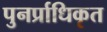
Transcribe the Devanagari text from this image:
पुनर्प्राधिकृत